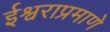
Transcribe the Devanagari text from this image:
ईश्वराप्रमाणे